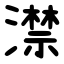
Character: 澿